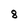
Character: 8